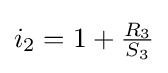
i_{2}=1+{\tfrac {R_{3}}{S_{3}}}